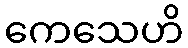
ကေသေဟိ